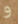
و